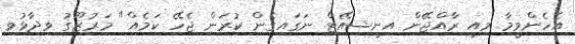
އެހެންވީމާ މިއީ ރާއްޖޭން އިނީޝިއޭޓް ނަގައިގެން ކުރަން ޖެހޭ ކަމެއް" މަރުޒޫގު ވިދާޅުވި